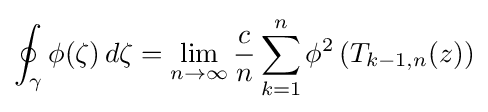
\oint _{\gamma }\phi (\zeta )\,d\zeta =\lim _{n\to \infty }{\frac {c}{n}}\sum _{k=1}^{n}\phi ^{2}\left(T_{k-1,n}(z)\right)